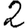
Digit: 2